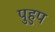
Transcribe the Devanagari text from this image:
पुहुप